Scottish assistants in French schools and colleges, 1929
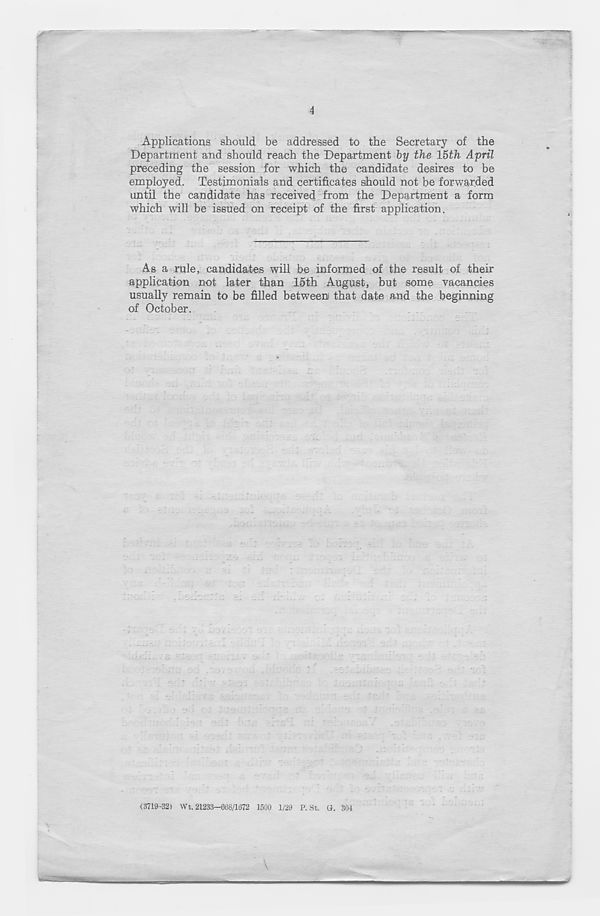
4
Applications should be addressed to the Secretary of the
Department and should reach the Department by the 15th April
preceding the session for which the candidate desires to be
employed. Testimonials and certificates should not be forwarded
until the candidate has received from the Department a form
which will be issued on receipt of the first application.
As a rule, candidates will be informed of the result of their
application not later than 15th August, but some vacancies
usually remain to be filled between that date and the beginning
of October.
<3719-32) Wt. 21233—668/1672 1500 1/29 P. St. G. 304